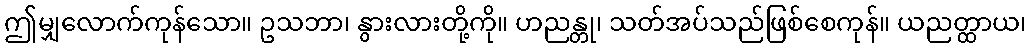
ဤမျှလောက်ကုန်သော။ ဥသဘာ၊ နွားလားတို့ကို။ ဟညန္တု၊ သတ်အပ်သည်ဖြစ်စေကုန်။ ယညတ္ထာယ၊